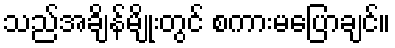
သည်အချိန်မျိုးတွင် စကားမပြောချင်။